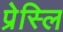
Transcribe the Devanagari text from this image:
प्रेस्लि